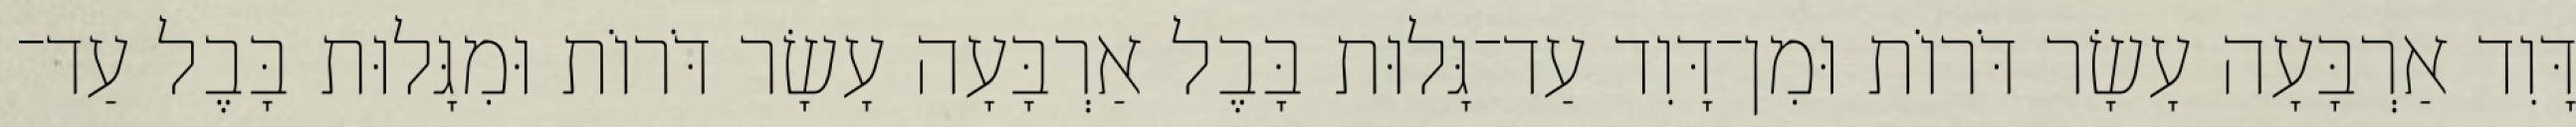
דָּוִד אַרְבָּעָה עָשָׂר דֹּרוֹת וּמִן־דָּוִד עַד־גָּלוּת בָּבֶל אַרְבָּעָה עָשָׂר דֹּרוֹת וּמִגָּלוּת בָּבֶל עַד־